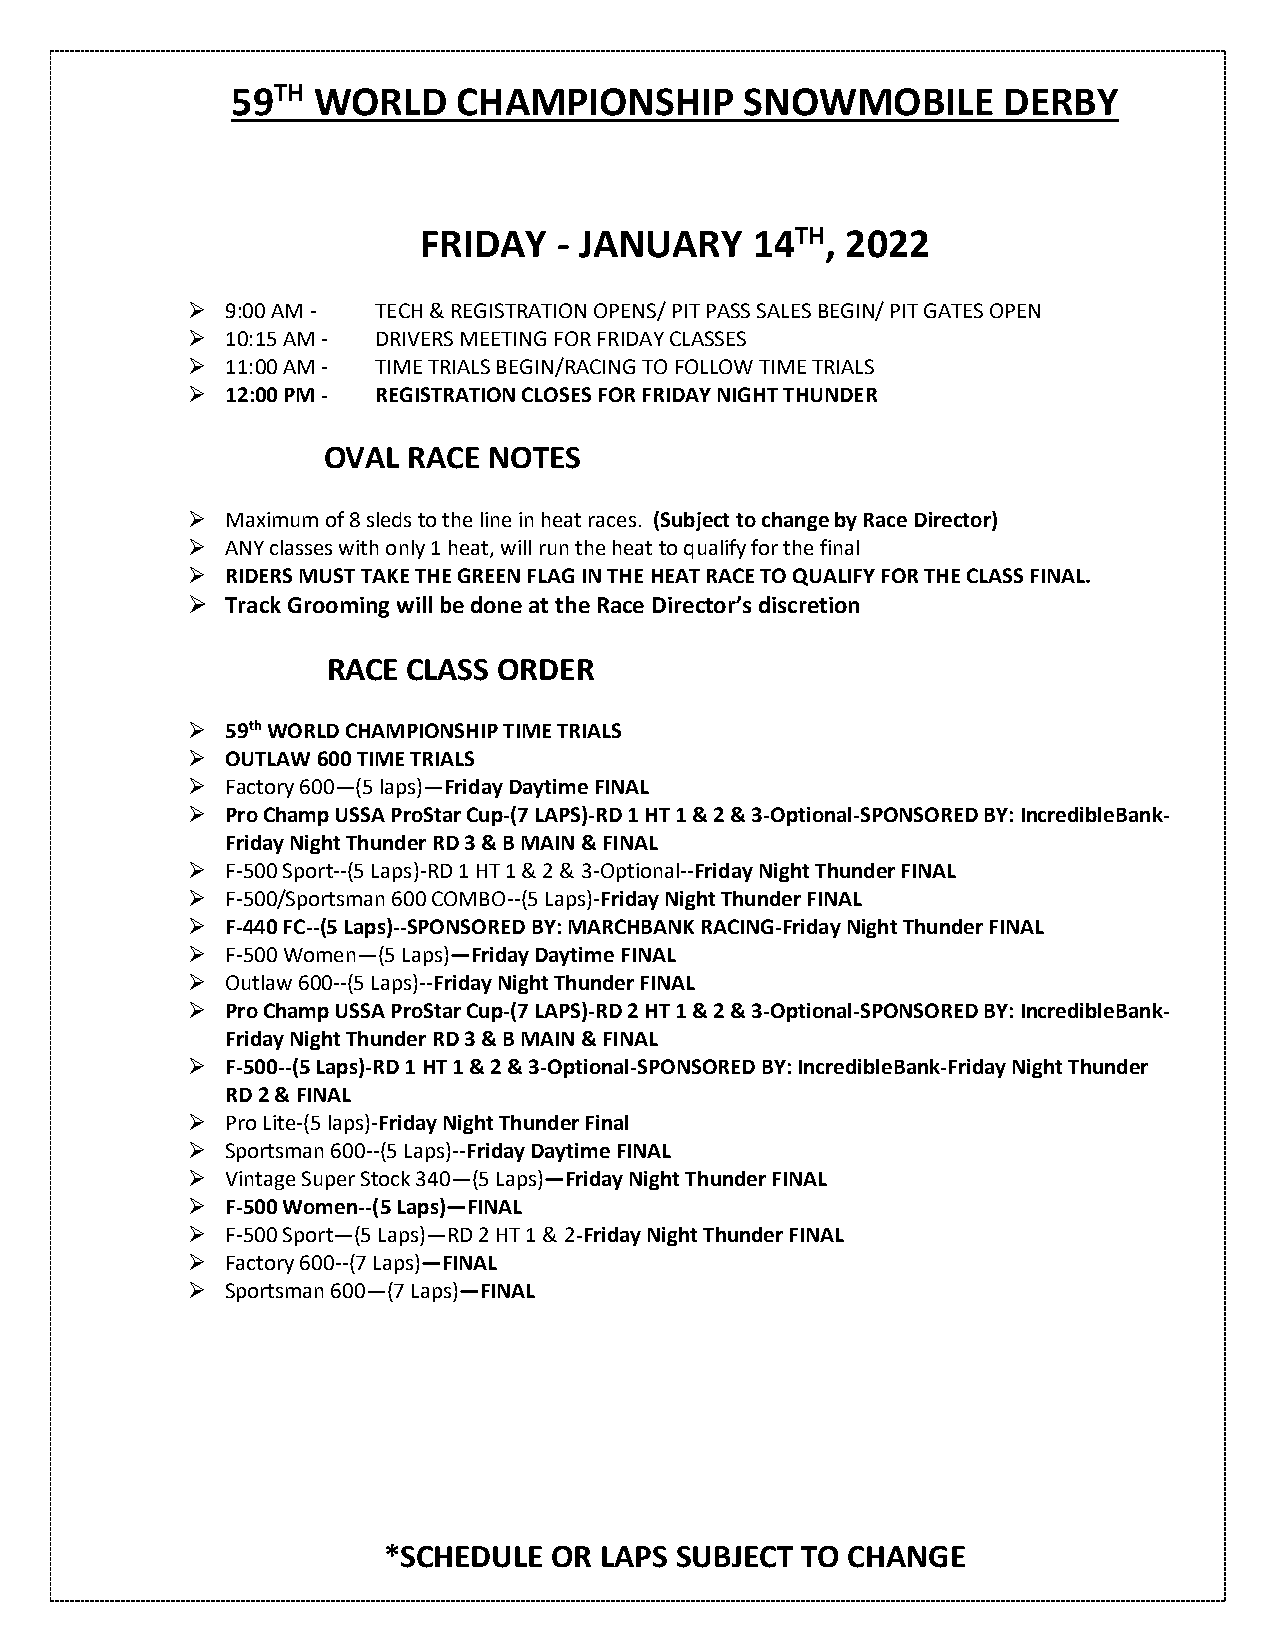
59TH  WORLD    CHAMPIONSHIP       SNOWMOBILE       DERBY
 FRIDAY   - JANUARY    14TH, 2022
 ➢  9:00 AM - TECH & REGISTRATION OPENS/ PIT PASS SALES BEGIN/ PIT GATES OPEN
 ➢  10:15 AM - DRIVERS MEETING FOR FRIDAY CLASSES
 ➢  11:00 AM - TIME TRIALS BEGIN/RACING TO FOLLOW TIME TRIALS
 ➢  12:00 PM - REGISTRATION CLOSES FOR FRIDAY NIGHT THUNDER
 OVAL  RACE NOTES
 ➢  Maximum of 8 sleds to the line in heat races. (Subject to change by Race Director)
 ➢  ANY classes with only 1 heat, will run the heat to qualify for the final
 ➢  RIDERS MUST TAKE THE GREEN FLAG IN THE HEAT RACE TO QUALIFY FOR THE CLASS FINAL.
 ➢  Track Grooming will be done at the Race Director’s discretion
 RACE CLASS ORDER
 ➢  59th WORLD CHAMPIONSHIP TIME TRIALS
 ➢  OUTLAW 600 TIME TRIALS
 ➢  Factory 600—(5 laps)—Friday Daytime FINAL
 ➢  Pro Champ USSA ProStar Cup-(7 LAPS)-RD 1 HT 1 & 2 & 3-Optional-SPONSORED BY: IncredibleBank-
 Friday Night Thunder RD 3 & B MAIN & FINAL
 ➢  F-500 Sport--(5 Laps)-RD 1 HT 1 & 2 & 3-Optional--Friday Night Thunder FINAL
 ➢  F-500/Sportsman 600 COMBO--(5 Laps)-Friday Night Thunder FINAL
 ➢  F-440 FC--(5 Laps)--SPONSORED BY: MARCHBANK RACING-Friday Night Thunder FINAL
 ➢  F-500 Women—(5 Laps)—Friday Daytime FINAL
 ➢  Outlaw 600--(5 Laps)--Friday Night Thunder FINAL
 ➢  Pro Champ USSA ProStar Cup-(7 LAPS)-RD 2 HT 1 & 2 & 3-Optional-SPONSORED BY: IncredibleBank-
 Friday Night Thunder RD 3 & B MAIN & FINAL
 ➢  F-500--(5 Laps)-RD 1 HT 1 & 2 & 3-Optional-SPONSORED BY: IncredibleBank-Friday Night Thunder
 RD 2 & FINAL
 ➢  Pro Lite-(5 laps)-Friday Night Thunder Final
 ➢  Sportsman 600--(5 Laps)--Friday Daytime FINAL
 ➢  Vintage Super Stock 340—(5 Laps)—Friday Night Thunder FINAL
 ➢  F-500 Women--(5 Laps)—FINAL
 ➢  F-500 Sport—(5 Laps)—RD 2 HT 1 & 2-Friday Night Thunder FINAL
 ➢  Factory 600--(7 Laps)—FINAL
 ➢  Sportsman 600—(7 Laps)—FINAL
 *SCHEDULE   OR LAPS SUBJECT TO CHANGE